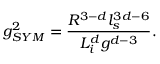
g _ { S Y M } ^ { 2 } = \frac { R ^ { 3 - d } l _ { s } ^ { 3 d - 6 } } { L _ { i } ^ { d } g ^ { d - 3 } } .